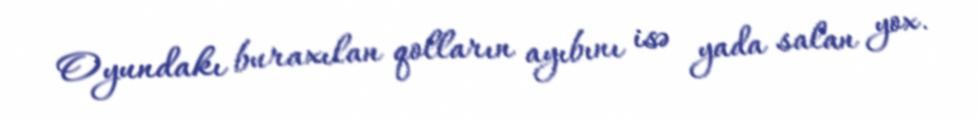
Oyundakı buraxılan qolların ayıbını isə yada salan yox.